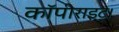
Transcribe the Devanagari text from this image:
कॉपीराइट।